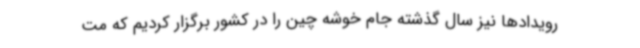
رویدادها نیز سال گذشته جام خوشه چین را در کشور برگزار کردیم که مت